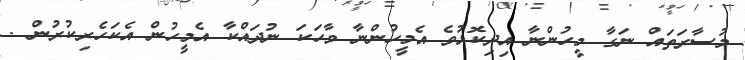
މުސާރަތައް ނަގާ މީހުންނާ އިދިކޮޅުވެ އެމީހުންނާ ވާހަކަ ނުދައްކާ އެމީހުން އެކަހެރިކުރުން .